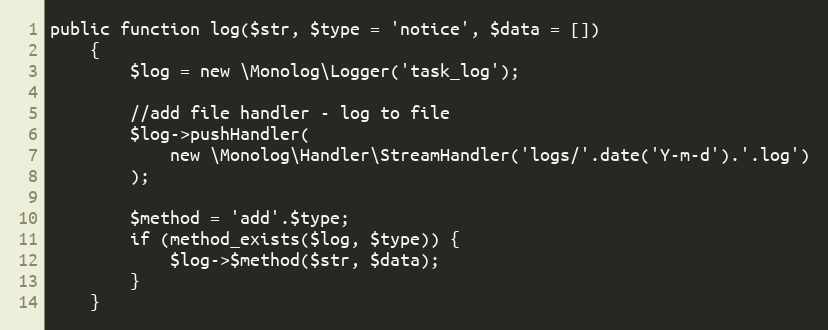
Language: PHP
public function log($str, $type = 'notice', $data = [])
    {
        $log = new \Monolog\Logger('task_log');

        //add file handler - log to file
        $log->pushHandler(
            new \Monolog\Handler\StreamHandler('logs/'.date('Y-m-d').'.log')
        );

        $method = 'add'.$type;
        if (method_exists($log, $type)) {
            $log->$method($str, $data);
        }
    }